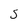
Character: 5